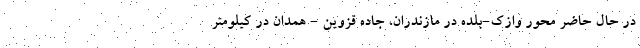
در حال حاضر محور وازک-بلده در مازندران، جاده قزوین - همدان در کیلومتر